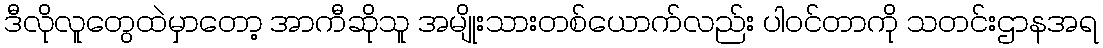
ဒီလိုလူတွေထဲမှာတော့ အာကီဆိုသူ အမျိုးသားတစ်ယောက်လည်း ပါဝင်တာကို သတင်းဌာနအရ